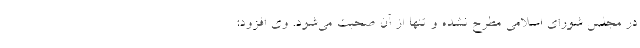
در مجلس شورای اسلامی مطرح نشده و تنها از آن صحبت می‌شود. وی افزود: